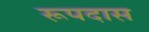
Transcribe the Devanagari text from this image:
रूपदास